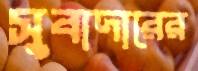
সুবাদারের